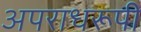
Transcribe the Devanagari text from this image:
अपराधरूपी